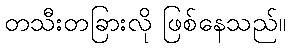
တသီးတခြားလို ဖြစ်နေသည်။